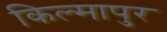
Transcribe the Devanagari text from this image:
किल्मापुर